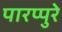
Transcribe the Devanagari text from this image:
पारप्पुरे